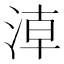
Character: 𣶃